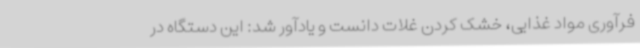
فرآوری مواد غذایی، خشک کردن غلات دانست و یادآور شد: این دستگاه در